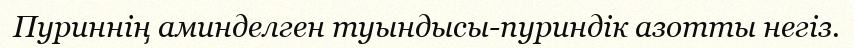
Пуриннің аминделген туындысы-пуриндік азотты негіз.